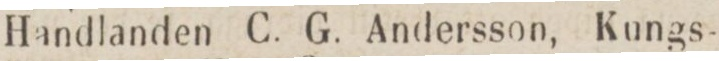
Handlanden C. G. Andersson, Kungs-